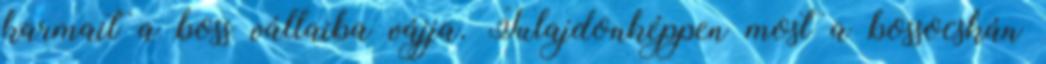
karmait a boss vállaiba vájja. Tulajdonképpen most a bossocskán